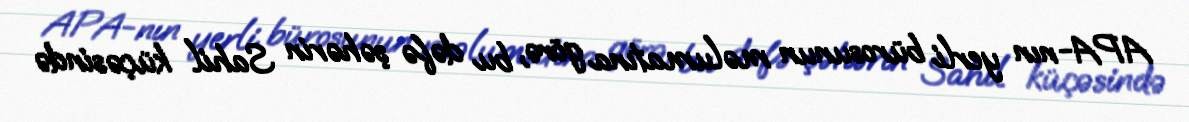
APA-nın yerli bürosunun məlumatına görə, bu dəfə şəhərin Sahil küçəsində